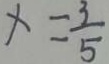
x = \frac { 3 } { 5 }